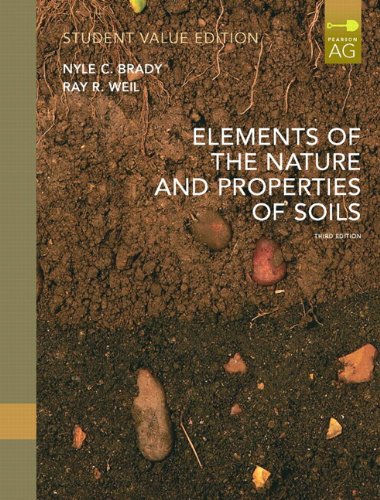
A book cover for Elements of Nature and Properties of Soil, Student Value Edition (3rd Edition); Ray R. Weil; Science & Math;